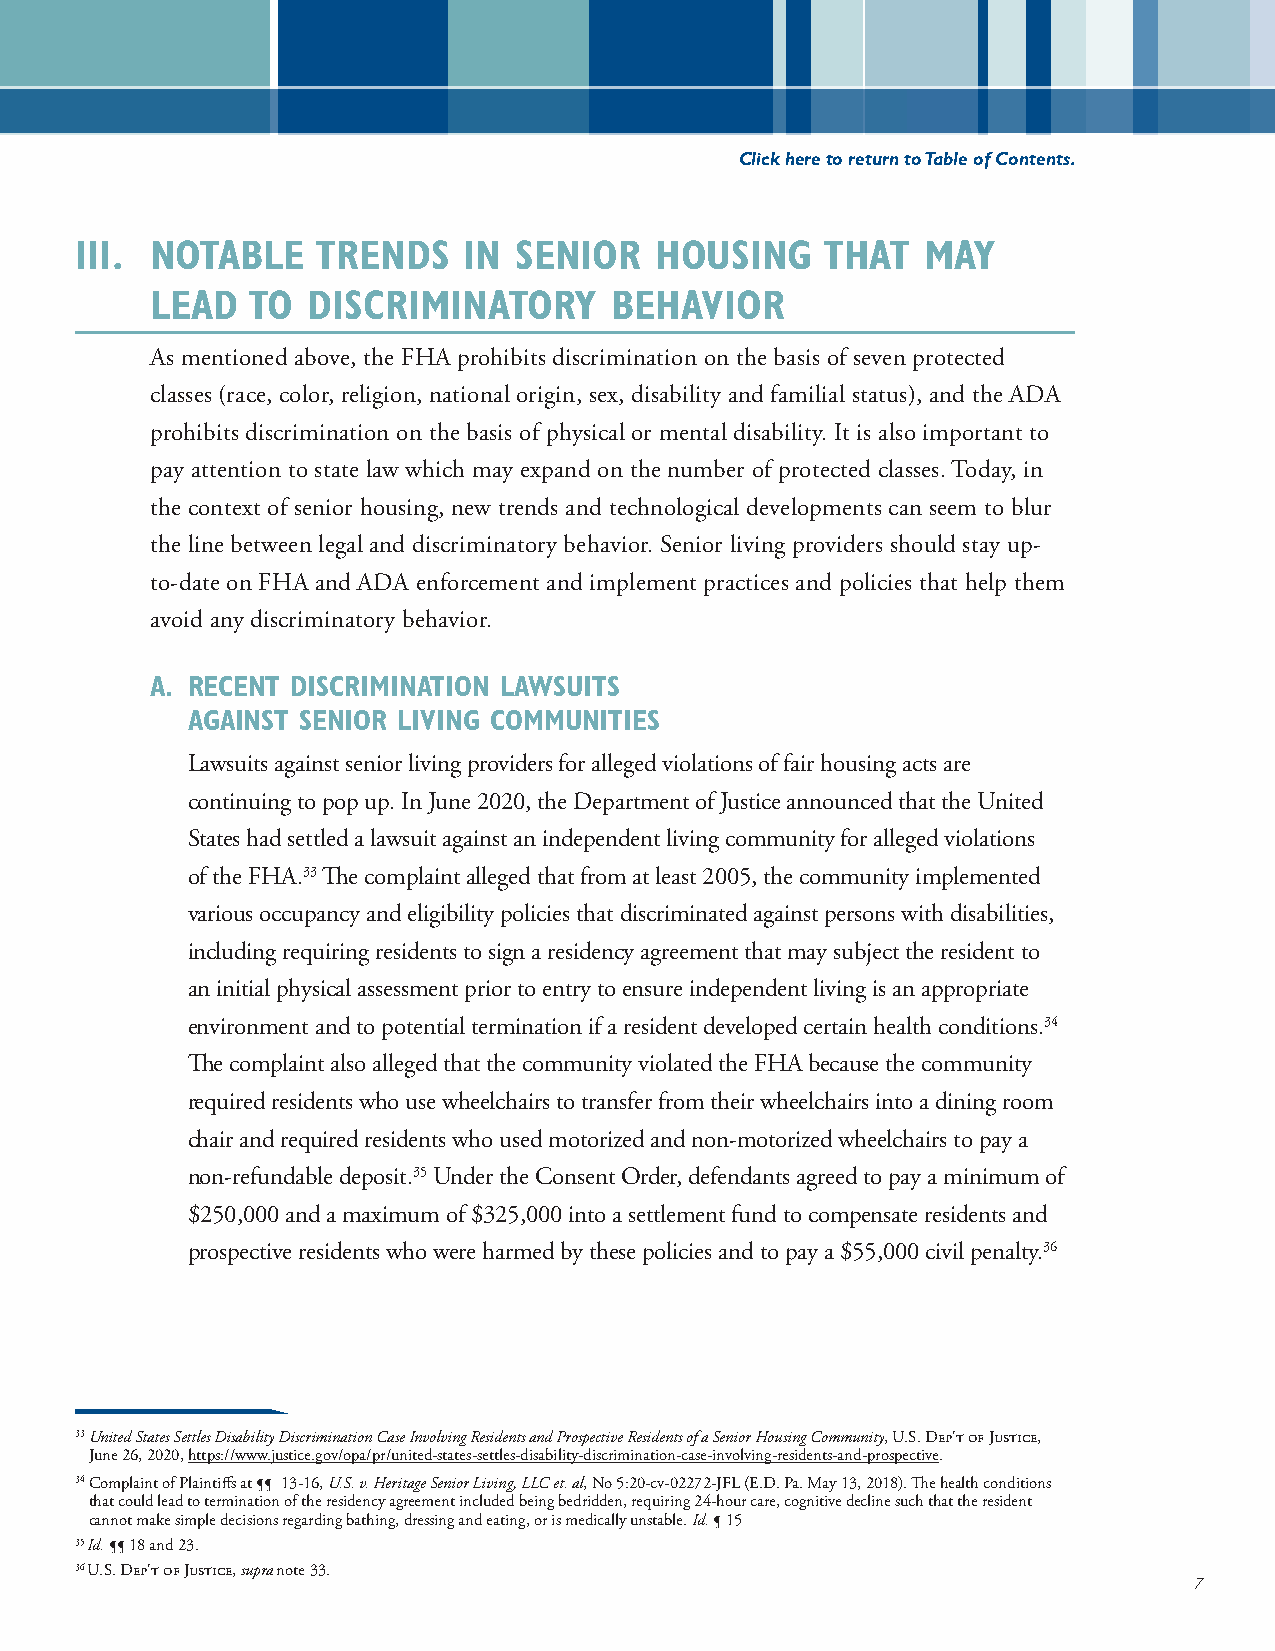
Click here to return to Table of Contents.
 III. NOTABLE    TRENDS    IN SENIOR   HOUSING     THAT  MAY
 LEAD  TO  DISCRIMINATORY      BEHAVIOR
 As mentioned above, the FHA prohibits discrimination on the basis of seven protected
 classes (race, color, religion, national origin, sex, disability and familial status), and the ADA
 prohibits discrimination on the basis of physical or mental disability. It is also important to
 pay attention to state law which may expand on the number of protected classes. Today, in
 the context of senior housing, new trends and technological developments can seem to blur
 the line between legal and discriminatory behavior. Senior living providers should stay up-
 to-date on FHA and ADA enforcement and implement practices and policies that help them
 avoid any discriminatory behavior.
 A. RECENT DISCRIMINATION LAWSUITS
 AGAINST SENIOR LIVING COMMUNITIES
 Lawsuits against senior living providers for alleged violations of fair housing acts are
 continuing to pop up. In June 2020, the Department of Justice announced that the United
 States had settled a lawsuit against an independent living community for alleged violations
 of the FHA.33 The complaint alleged that from at least 2005, the community implemented
 various occupancy and eligibility policies that discriminated against persons with disabilities,
 including requiring residents to sign a residency agreement that may subject the resident to
 an initial physical assessment prior to entry to ensure independent living is an appropriate
 environment and to potential termination if a resident developed certain health conditions.34
 The complaint also alleged that the community violated the FHA because the community
 required residents who use wheelchairs to transfer from their wheelchairs into a dining room
 chair and required residents who used motorized and non-motorized wheelchairs to pay a
 non-refundable deposit.35 Under the Consent Order, defendants agreed to pay a minimum of
 $250,000 and a maximum of $325,000 into a settlement fund to compensate residents and
 prospective residents who were harmed by these policies and to pay a $55,000 civil penalty.36
 33 United States Settles Disability Discrimination Case Involving Residents and Prospective Residents of a Senior Housing Community, U.S. Dep't of Justice,
 June 26, 2020, https://www.justice.gov/opa/pr/united-states-settles-disability-discrimination-case-involving-residents-and-prospective.
 34 C omplaint of Plaintiffs at ¶¶ 13-16, U.S. v. Heritage Senior Living, LLC et. al, No 5:20-cv-02272-JFL (E.D. Pa. May 13, 2018). The health conditions
 that could lead to termination of the residency agreement included being bedridden, requiring 24-hour care, cognitive decline such that the resident
 cannot make simple decisions regarding bathing, dressing and eating, or is medically unstable. Id. ¶ 15
 35 I d. ¶¶ 18 and 23.
 36 U .S. Dep't of Justice, supra note 33.
 7